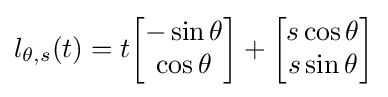
{l}_{\theta ,s}(t)=t{\begin{bmatrix}-\sin \theta \\\cos \theta \\\end{bmatrix}}+{\begin{bmatrix}s\cos \theta \\s\sin \theta \\\end{bmatrix}}